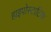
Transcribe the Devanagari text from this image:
हाइपोस्टाटिक